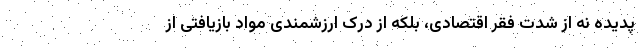
پدیده نه از شدت فقر اقتصادی، بلکه از درک ارزشمندی مواد بازیافتی از